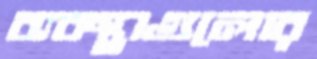
ব্যবস্থাগুলোর